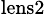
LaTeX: _\mathrm{lens2}